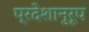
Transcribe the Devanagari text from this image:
प्रदेशानुरूप